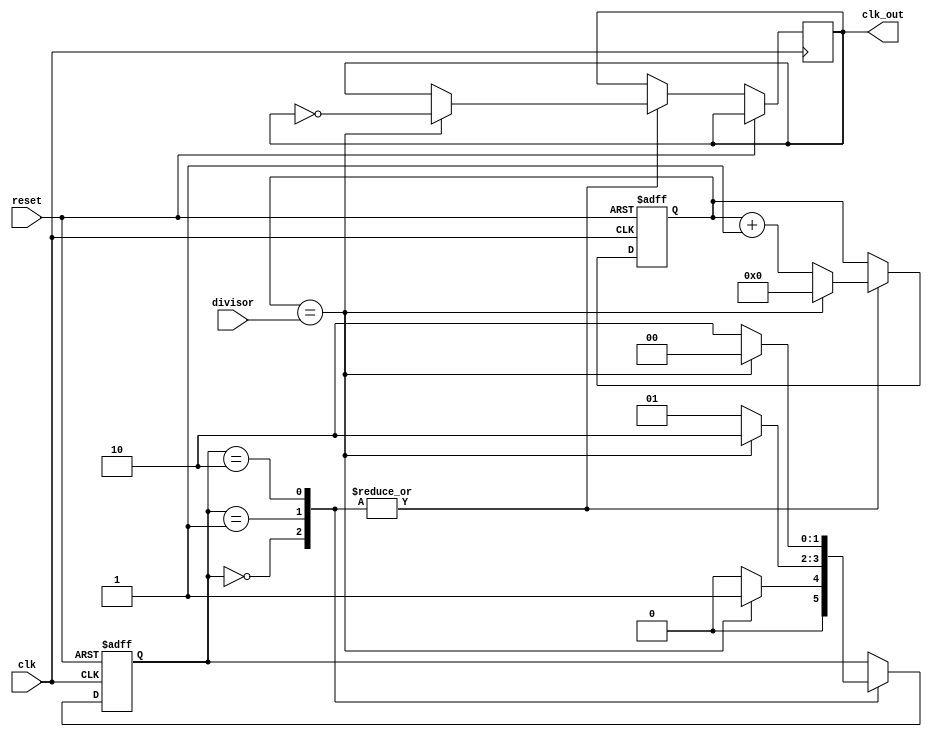
module dual_modulus_clock_divider (
    input wire clk,
    input wire reset,
    input wire [15:0] divisor,
    output reg clk_out
);

reg [15:0] count;
reg [1:0] state;

always @(posedge clk or posedge reset) begin
    if (reset) begin
        count <= 16'h0000;
        state <= 2'b00;
    end else begin
        case (state)
            2'b00: begin
                if (count == divisor) begin
                    clk_out <= ~clk_out;
                    count <= 16'h0000;
                    state <= 2'b01;
                end else begin
                    count <= count + 1;
                    state <= 2'b00;
                end
            end
            
            2'b01: begin
                if (count == divisor) begin
                    clk_out <= ~clk_out;
                    count <= 16'h0000;
                    state <= 2'b10;
                end else begin
                    count <= count + 1;
                    state <= 2'b01;
                end
            end
            
            2'b10: begin
                if (count == divisor) begin
                    clk_out <= ~clk_out;
                    count <= 16'h0000;
                    state <= 2'b00;
                end else begin
                    count <= count + 1;
                    state <= 2'b10;
                end
            end
        endcase
    end
end

endmodule